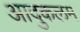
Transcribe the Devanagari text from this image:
आदुकलम